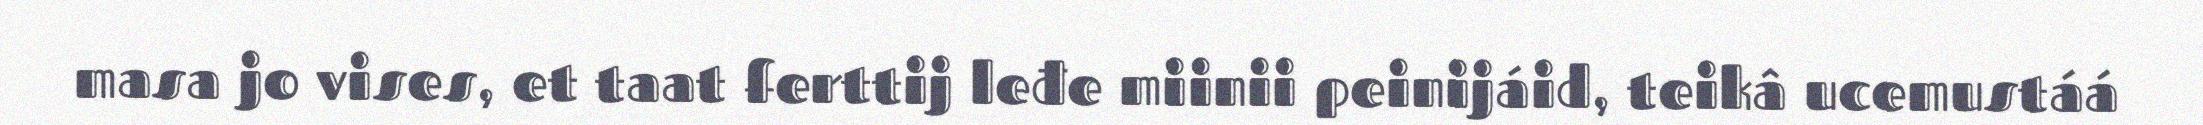
masa jo vises, et taat ferttij leđe miinii peinijáid, teikâ ucemustáá